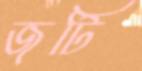
জটি